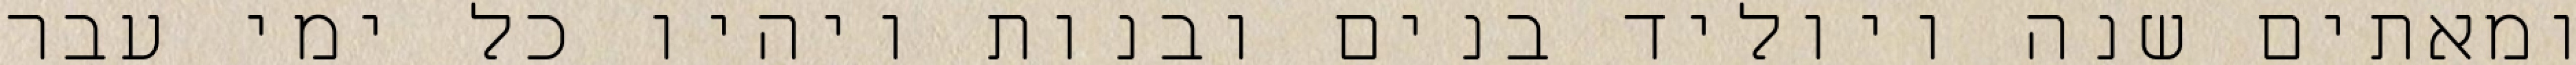
ומאתים שנה ויוליד בנים ובנות ויהיו כל ימי עבר